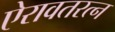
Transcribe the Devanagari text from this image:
ऐरावतरत्न